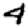
Digit: 4